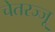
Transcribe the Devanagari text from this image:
चेतरज्जू